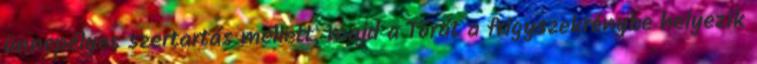
ünnepélyes szertartás mellett, majd a Tórát a frigyszekrénybe helyezik